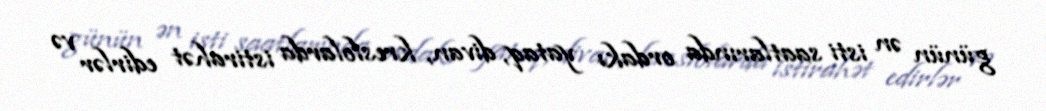
günün ən isti saatlarında ordakı yataq, divan, kreslolarda istirahət edirlər və